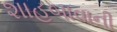
શાહબાવાની